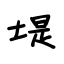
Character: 堤